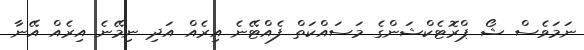
ނަމަވެސް ޝޯ ޕްރޮޓެކްޝަންގެ މަސައްކަތް ފެއްޓޭނެ އިރެއް އަދި ނިމޭނެ އިރެއް އޭނާ